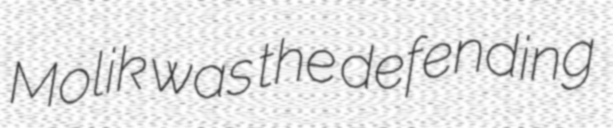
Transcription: Molik was the defending